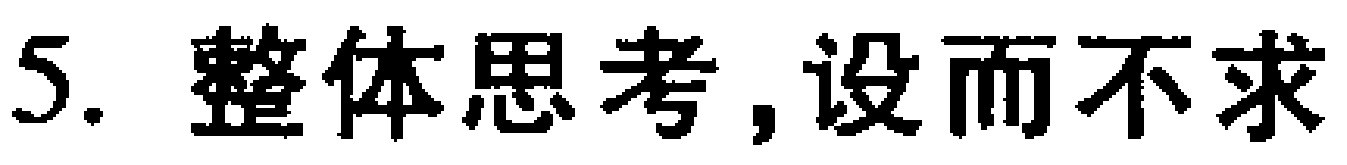
5. 整体思考, 设而不求